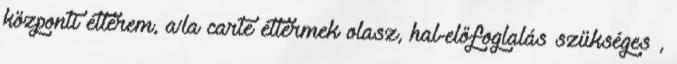
központi étterem, a’la carte éttermek olasz, hal-előfoglalás szükséges ,